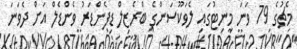
މެޗުގެ 79 ވަނަ މިނިޓުގައި ލެވަކޫސަންގެ ބްރެޒިލް ޑިފެންޑަރު ވެންޑެލް އަށް ދެވަނަ